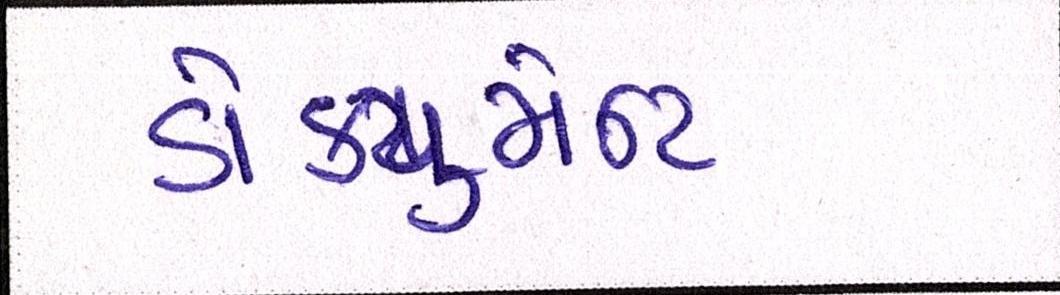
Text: ડોક્યુમેન્ટ